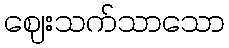
ဈေးသက်သာသော